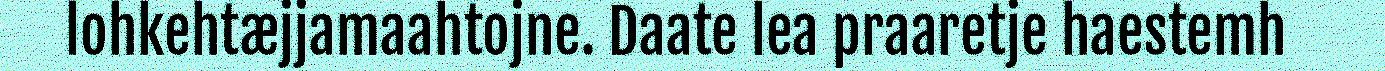
lohkehtæjjamaahtojne. Daate lea praaretje haestemh